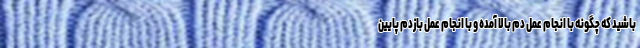
باشید که چگونه با انجام عمل دم بالا آمده و با انجام عمل بازدم پایین